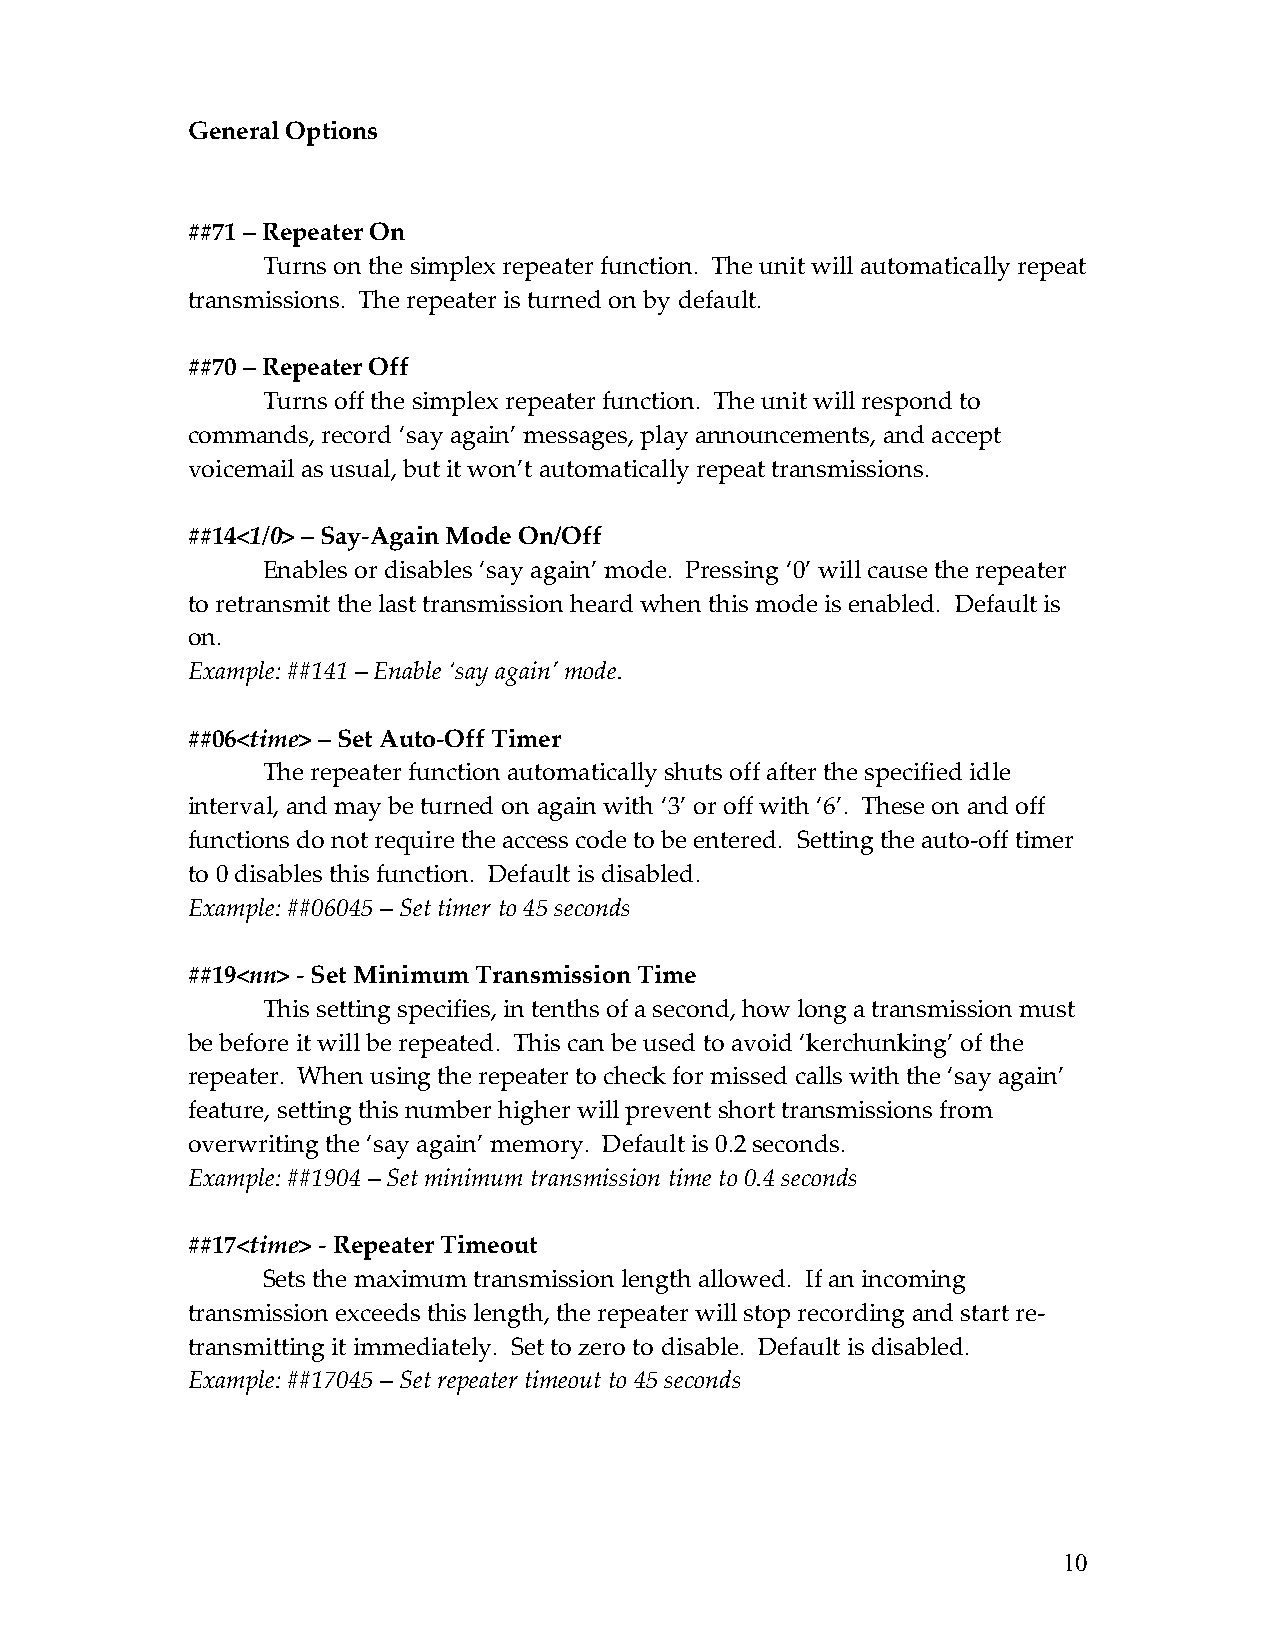
General Options
 ##71 – Repeater On
 Turns on the simplex repeater function. The unit will automatically repeat
 transmissions. The repeater is turned on by default.
 ##70 – Repeater Off
 Turns off the simplex repeater function. The unit will respond to
 commands, record ‘say again’ messages, play announcements, and accept
 voicemail as usual, but it won’t automatically repeat transmissions.
 ##14<1/0> – Say-Again Mode On/Off
 Enables or disables ‘say again’ mode. Pressing ‘0’ will cause the repeater
 to retransmit the last transmission heard when this mode is enabled. Default is
 on.
 Example: ##141 – Enable ‘say again’ mode.
 ##06<time> – Set Auto-Off Timer
 The repeater function automatically shuts off after the specified idle
 interval, and may be turned on again with ‘3’ or off with ‘6’. These on and off
 functions do not require the access code to be entered. Setting the auto-off timer
 to 0 disables this function. Default is disabled.
 Example: ##06045 – Set timer to 45 seconds
 ##19<nn> - Set Minimum Transmission Time
 This setting specifies, in tenths of a second, how long a transmission must
 be before it will be repeated. This can be used to avoid ‘kerchunking’ of the
 repeater. When using the repeater to check for missed calls with the ‘say again’
 feature, setting this number higher will prevent short transmissions from
 overwriting the ‘say again’ memory. Default is 0.2 seconds.
 Example: ##1904 – Set minimum transmission time to 0.4 seconds
 ##17<time> - Repeater Timeout
 Sets the maximum transmission length allowed. If an incoming
 transmission exceeds this length, the repeater will stop recording and start re-
 transmitting it immediately. Set to zero to disable. Default is disabled.
 Example: ##17045 – Set repeater timeout to 45 seconds
 10